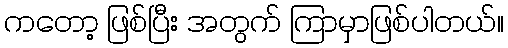
ကတော့ ဖြစ်ပြီး အတွက် ကြာမှာဖြစ်ပါတယ်။